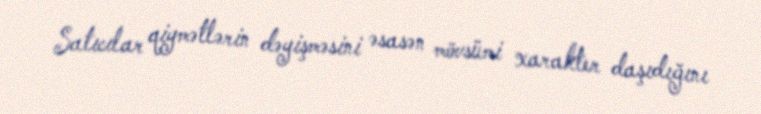
Satıcılar qiymətlərin dəyişməsini əsasən mövsümi xarakter daşıdığını